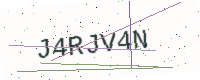
Text: J4RJV4N